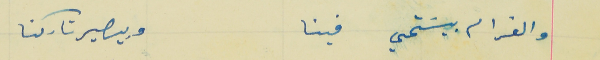
والغرام بيسَتحي فينا                                                    وبيصير تاركنا